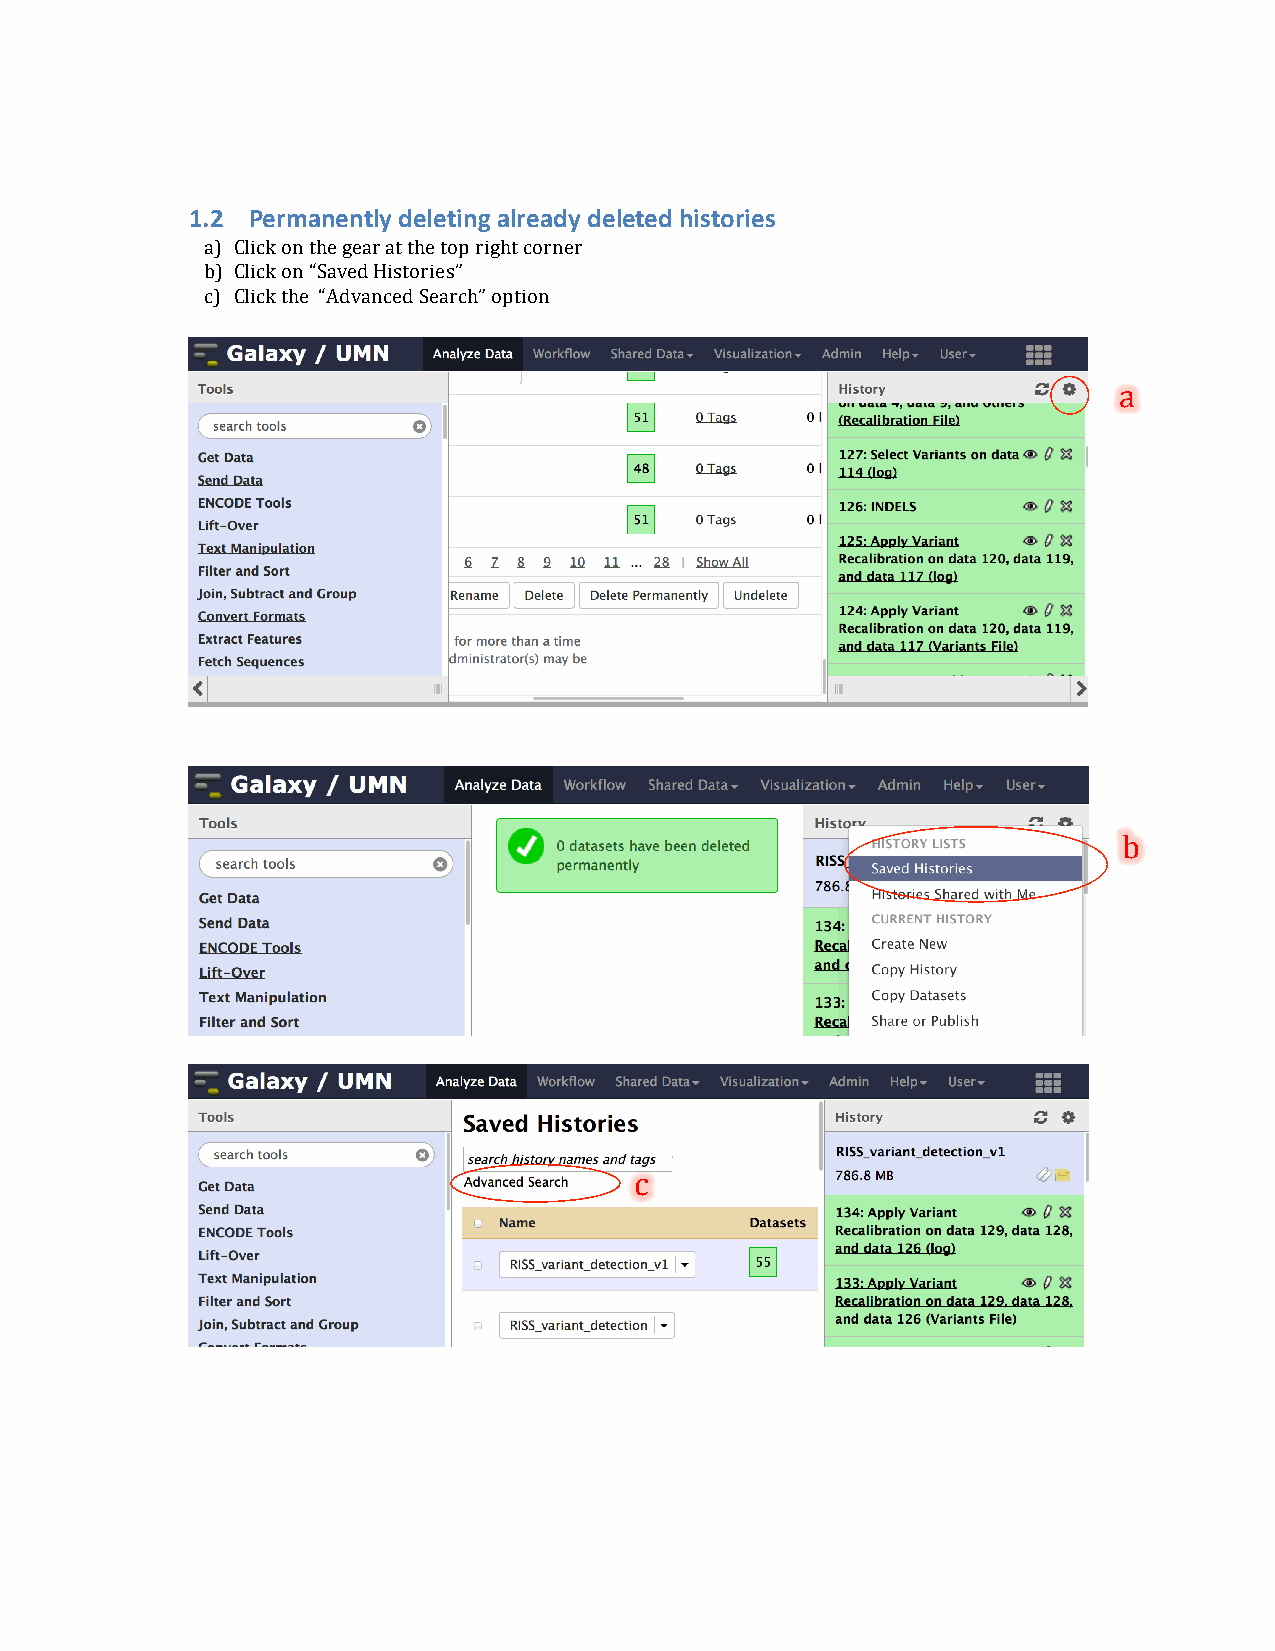
1.2 Permanently deleting already deleted histories
 a) Click on the gear at the top right corner
 b) Click on “Saved Histories”
 c) Click the “Advanced Search” option
 a
 b
 c